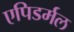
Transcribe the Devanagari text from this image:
एपिडर्मल